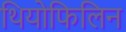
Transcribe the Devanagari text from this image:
थियोफिलिन